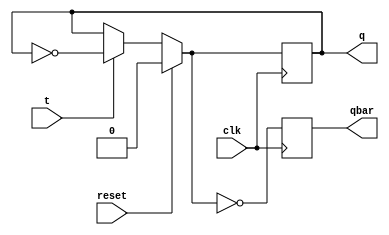
module t_ff(input t, clk,reset, output q, qbar);
reg q=0, qbar=1; 

always @ (posedge clk) begin
        if (reset)
               q = 0;
        else begin 
        if(t)
            q = ~q;                
        end
        qbar = ~q;
    end 
endmodule